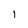
Character: 1